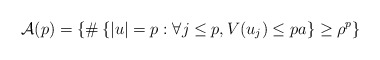
\begin{align*} \mathcal{A}(p) = \left\{ \# \left\{ |u| = p : \forall j \leq p, V(u_j) \leq pa \right\} \geq \rho^p \right\}\end{align*}